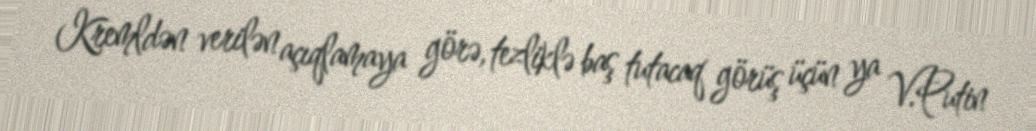
Kremldən verilən açıqlamaya görə, tezliklə baş tutacaq görüş üçün ya V.Putin